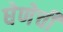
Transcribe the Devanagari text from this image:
घेणेची